Annual report of the Imperial Bacteriological Laboratory, Muktesar
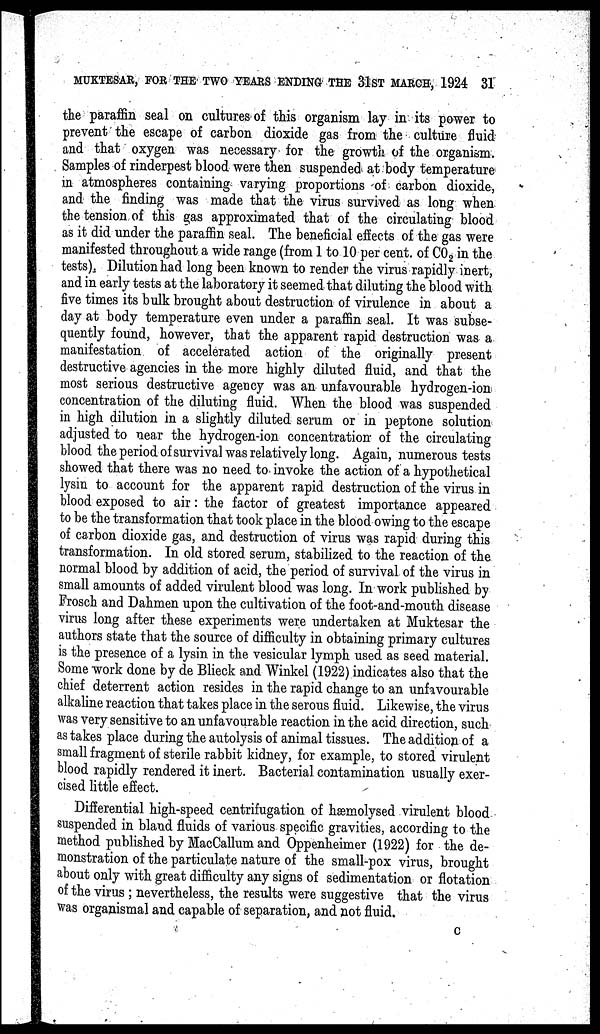
MUKTESAR, FOR THE TWO YEARS ENDING THE 31ST MARCH, 1924 31
the paraffin seal on cultures of this organism lay in its power to
prevent the escape of carbon dioxide gas from the culture fluid
and that oxygen was necessary for the growth of the organism.
Samples of rinderpest blood were then suspended at body temperature
in atmospheres containing varying proportions of carbon dioxide,
and the finding was made that the virus survived as long when
the tension of this gas approximated that of the circulating blood
as it did under the paraffin seal. The beneficial effects of the gas were
manifested throughout a wide range (from 1 to 10 per cent. of CO 2 in the
tests). Dilution had long been known to render the virus rapidly inert,
and in early tests at the laboratory it seemed that diluting the blood with
five times its bulk brought about destruction of virulence in about a
day at body temperature even under a paraffin seal. It was subse-
quently found, however, that the apparent rapid destruction was a
manifestation of accelerated action of the originally present
destructive agencies in the more highly diluted fluid, and that the
most serious destructive agency was an unfavourable hydrogen-ion
concentration of the diluting fluid. When the blood was suspended
in high dilution in a slightly diluted serum or in peptone solution
adjusted to near the hydrogen-ion concentration of the circulating
blood the period of survival was relatively long. Again, numerous tests
showed that there was no need to invoke the action of a hypothetical
lysin to account for the apparent rapid destruction of the virus in
blood exposed to air: the factor of greatest importance appeared
to be the transformation that took place in the blood owing to the escape
of carbon dioxide gas, and destruction of virus was rapid during this
transformation. In old stored serum, stabilized to the reaction of the
normal blood by addition of acid, the period of survival of the virus in
small amounts of added virulent blood was long. In work published by
Frosch and Dahmen upon the cultivation of the foot-and-mouth disease
virus long after these experiments were undertaken at Muktesar the
authors state that the source of difficulty in obtaining primary cultures
is the presence of a lysin in the vesicular lymph used as seed material.
Some work done by de Blieck and Winkel (1922) indicates also that the
chief deterrent action resides in the rapid change to an unfavourable
alkaline reaction that takes place in the serous fluid. Likewise, the virus
was very sensitive to an unfavourable reaction in the acid direction, such
as takes place during the autolysis of animal tissues. The addition of a
small fragment of sterile rabbit kidney, for example, to stored virulent
blood rapidly rendered it inert. Bacterial contamination usually exer-
cised little effect.
Differential high-speed centrifugation of hæmolysed virulent blood
suspended in bland fluids of various specific gravities, according to the
method published by MacCallum and Oppenheimer (1922) for the de-
monstration of the particulate nature of the small-pox virus, brought
about only with great difficulty any signs of sedimentation or flotation
of the virus ; nevertheless, the results were suggestive that the virus
was organismal and capable of separation, and not fluid.
c